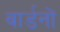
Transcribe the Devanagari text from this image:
वार्डनों